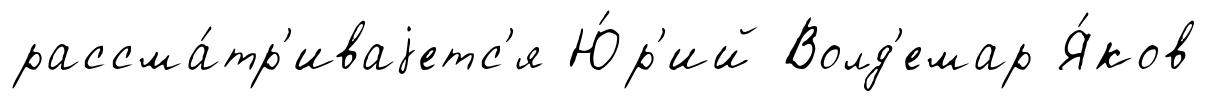
рассма́тр'иваjетс'я Ю́р'ий Волд'емар Я́ков